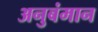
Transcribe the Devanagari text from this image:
अनुबंमान